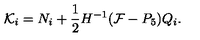
{ \cal K } _ { i } = { N } _ { i } + \frac { 1 } { 2 } H ^ { - 1 } ( { \cal F } - P _ { 5 } ) Q _ { i } .